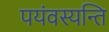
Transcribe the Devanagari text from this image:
पयंवस्यन्ति